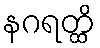
နဂရတ္ထိ